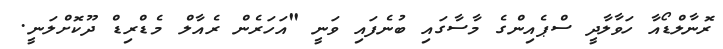
ރޮނާލްޑޯއާ ހަވާލާދީ ސްޕެއިންގެ މާސާގައި ބުނެފައި ވަނީ "އަހަރެން ރެއާލް މެޑްރިޑް ދޫކޮށްލަނީ.